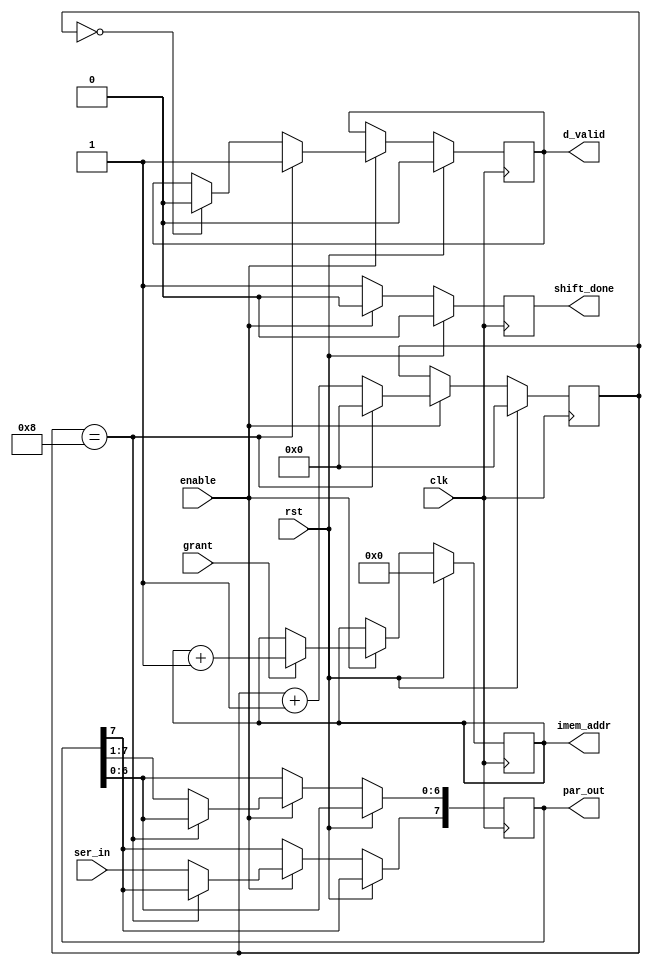
// Code your design here
`timescale 1ns/1ns
		
module StP #(parameter n = 8, m=32)
				(input clk, rst, enable, //enable = 1 means loading time, enable =0 means loading is finished
				input ser_in,
				input grant, // send by bus and means 8-bit is written to the i_mem
				output reg d_valid, shift_done, //start = 1 means loading instruction into I_memory is done
				output reg [n-1:0] par_out, // data is written into SRAM based on 8-bit width, thus each instruction needs 4*8-bit
				output [m-1:0] imem_addr);
				
	reg [3:0] count; 
	reg [m-1:0] addr; 
	
	assign imem_addr = addr;
		
	always @(posedge clk) begin
		if (rst) begin
			count <= 0;
			d_valid <= 0;
			shift_done <= 0;
			addr <= 0;
		end
		else if (enable) begin
			shift_done <= 0;
			if (count == 0) begin
				d_valid <= 0;
			end	
			if (count == 4'b1000) begin
				count <= 0;
				d_valid <= 1;
			end	
			else begin
				par_out <= par_out >> 1;
				par_out [n-1] <= ser_in;
				count <= count + 1;
			end
			if (grant) // go to the next i_mem address
			 addr <= addr+1;
			else
			 addr <= addr; 
        end 
		else if (!enable)
			shift_done <= 1;		
	end
endmodule